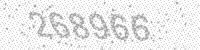
Solution: 268966